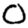
Digit: 0